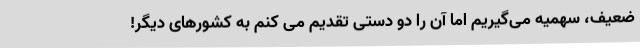
ضعیف، سهمیه می‌گیریم اما آن را دو دستی تقدیم می کنم به کشورهای دیگر!